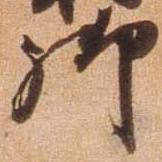
御